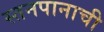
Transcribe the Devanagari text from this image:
स्तनपानाची